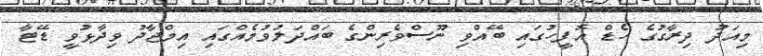
މިއަދު ދިރާގުގެ ހެޑް އޮފީހުގައި ބޭއްވި ނޫސްވެރިންގެ ބައްދަލުވުމެއްގައި އިމްޖާދު ވިދާޅުވީ ޑޭޓާ